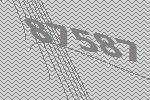
87587